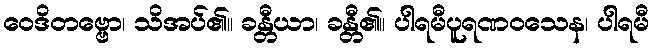
ဝေဒိတဗ္ဗော၊ သိအပ်၏။ ခန္တီယာ၊ ခန္တီ၏။ ပါရမီပူရဏဝသေန၊ ပါရမီ